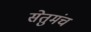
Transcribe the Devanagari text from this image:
सेतुमंच